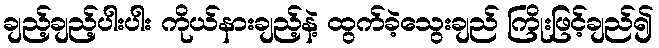
ချည့်ချည့်ပါးပါး ကိုယ်နားချည့်နဲ့ ထွက်ခဲ့သွေးချည် ကြိုးဖြင့်ချည်၍